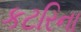
કટરિના